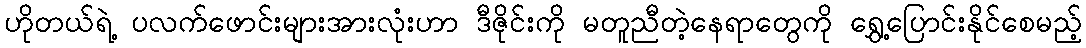
ဟိုတယ်ရဲ့ ပလက်ဖောင်းများအားလုံးဟာ ဒီဇိုင်းကို မတူညီတဲ့နေရာတွေကို ရွှေ့ပြောင်းနိုင်စေမည့်